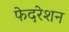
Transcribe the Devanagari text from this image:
फेदरेशन